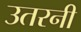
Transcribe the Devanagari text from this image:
उतरनी